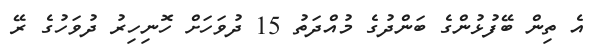
އެ ތިން ބޭފުޅުންގެ ބަންދުގެ މުއްދަތު 15 ދުވަހަށް ހޮނިހިރު ދުވަހުގެ ރޭ